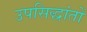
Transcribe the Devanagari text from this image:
उपसिद्धांतों